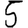
Digit: 5